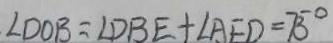
\angle D O B = \angle D B E + \angle A E D = 7 5 ^ { \circ }